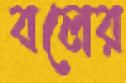
বলের